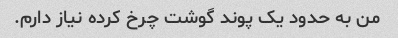
من به حدود یک پوند گوشت چرخ کرده نیاز دارم.